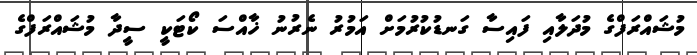
މުޝައްރަފްގެ މުދަލާއި ފައިސާ ގަނޑުކުރުމަށް އަމުރު ނެރުނު ޚާއްސަ ކޯޓަކީ ސީދާ މުޝައްރަފްގެ